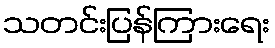
သတင်းပြန်ကြားရေး